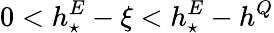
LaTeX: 0<h_{\star}^{E}-\xi<h_{\star}^{E}-h^{Q}